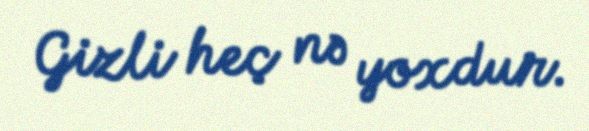
Gizli heç nə yoxdur.